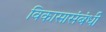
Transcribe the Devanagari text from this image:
विकासासंबंधी